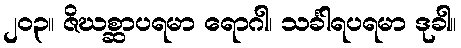
၂၀၃။ ဇိဃစ္ဆာပရမာ ရောဂါ၊ သင်္ခါရပရမာ ဒုခါ။